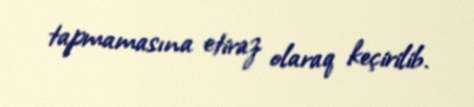
tapmamasına etiraz olaraq keçirilib.